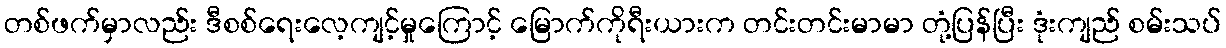
တစ်ဖက်မှာလည်း ဒီစစ်ရေးလေ့ကျင့်မှုကြောင့် မြောက်ကိုရီးယားက တင်းတင်းမာမာ တုံ့ပြန်ပြီး ဒုံးကျည် စမ်းသပ်